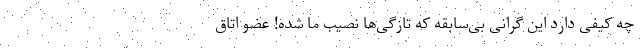
چه کیفی دارد این گرانی بی‌سابقه که تازگی‌ها نصیب ما شده! عضو اتاق